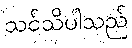
သင်သိပါသည်